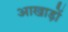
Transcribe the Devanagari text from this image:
आखाड़ों